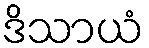
ဒိသာယံ